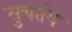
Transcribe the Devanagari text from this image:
सुचतंय